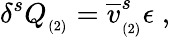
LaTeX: \delta^{s}Q_{_{(2)}}=\overline{{{v}}}_{_{(2)}}^{s}\epsilon\; ,